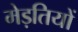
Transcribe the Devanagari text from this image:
मेड़तियों